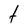
Character: t